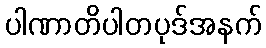
ပါဏာတိပါတပုဒ်အနက်